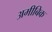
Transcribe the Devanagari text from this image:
अमीबिक